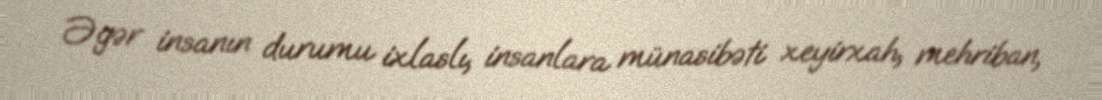
Əgər insanın durumu ixlaslı, insanlara münasibəti xeyirxah, mehriban,